system: You are a helpful assistant.
user:
Analyze the provided spectrum to determine if it is a **Carbon Star (C-type)**.

- **Key Visual Indicators of Carbon Star:**
    - **(Primary):** Strong molecular absorption from **C₂ (diatomic carbon) "Swan Bands."** This is the **defining feature** of a carbon star.
        - **(Key Bandheads):** Sharp absorption edges are visible at approximately $5635$ Å, $5165$ Å (the strongest band), and $4737$ Å.
        - **(Line Profile):** Creates a distinct **"saw-tooth"** pattern. The key morphology is a sharp, steep bandhead on the **red (long-wavelength) side**, which then gradually tapers off (i.e., flux recovers) towards the **blue (short-wavelength) side**. *(This is the direct opposite of the TiO bands seen in M-type stars)*.

    - **(Secondary):** Intense **CN (cyanogen)** molecular absorption bands.
        - **(Key Bandheads):** Located in the blue and violet regions of the spectrum (e.g., near $4215$ Å and $3883$ Å).
        - **(Morphology):** These bands are extremely broad and act as a "blanket," absorbing the vast majority of blue and violet light. This creates a characteristic **"cliff"** or **"steep drop-off"** in the spectrum's flux at short wavelengths.

    - **(Key Confirmation):** Strong **CH absorption band (G-band)**.
        - **(Key Bandhead):** Located around $4300$ Å. The contribution from CH molecules to this band is exceptionally strong.

    - **(Overall Spectrum):**
        - The continuum is severely "chopped up" by these deep molecular bands, especially C₂, rather than appearing as a smooth curve.
        - Due to the heavy CN and C₂ absorption in the blue-green, the vast majority of the star's flux is concentrated in the red part of the spectrum, giving the star its characteristic deep red color.

Think first, call **spectral_visualization_tool** if needed to examine features in detail, then provide your final answer. Your response must adhere to the following strict rules:
1.  **Overall Structure:** Your response must follow the format `<think>...</think> <tool_call>...</tool_call> (if a tool is used) <answer>...</answer>`.
2.  **Tool Usage Constraint:** You may only make **one** tool call per turn.
3.  **Final Answer Format:** In the `<answer>` tag, your conclusion must be inside a `\boxed{}` command (e.g., `\boxed{YES}`), followed by your justification.

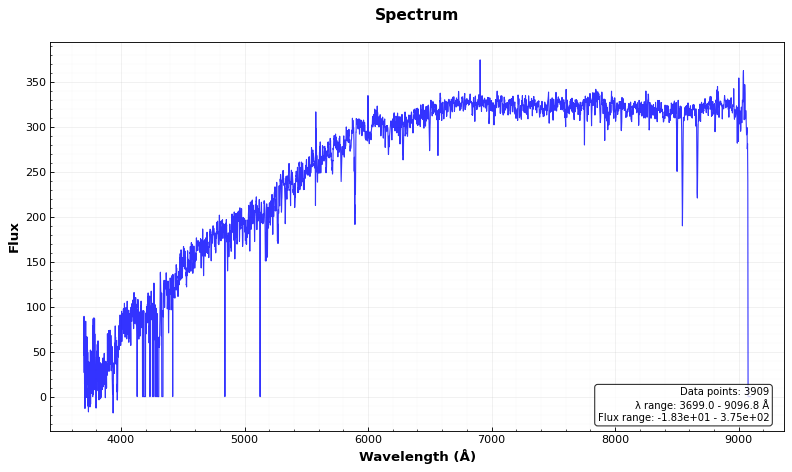
Answer: NO